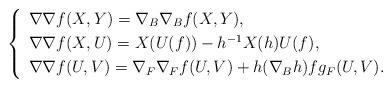
LaTeX: \begin{align*}\left\{\begin{array}[pos]{lll}\nabla\nabla f(X,Y)=\nabla_{B}\nabla_{B}f(X,Y),\\\noalign{\smallskip}\nabla\nabla f(X,U)=X(U(f))-h^{-1}X(h)U(f),\\\noalign{\smallskip}\nabla\nabla f(U,V)=\nabla_{F}\nabla_{F}f(U,V)+h(\nabla_{B}h)f g_{F}(U,V).\end{array}\right.\end{align*}